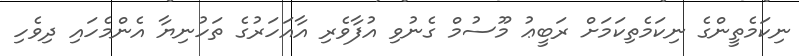
ނިކަމެތީންގެ ނިކަމެތިކަމަށް ރަބީޢު މޫސުމް ގެނުވި އުފާވެރި އާއަހަރުގެ ތަހުނިޔާ އެންމެހައި ދިވެހި